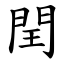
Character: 閏